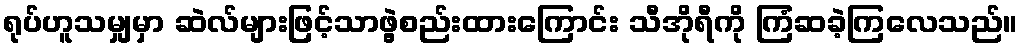
ရုပ်ဟူသမျှမှာ ဆဲလ်များဖြင့်သာဖွဲ့စည်းထားကြောင်း သီအိုရီကို ကြံဆခဲ့ကြလေသည်။